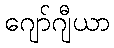
ဂျော်ဂျီယာ